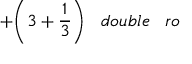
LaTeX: + { \bigg ( } 3 + { \frac { 1 } { 3 } } { \bigg ) } \; \; \; d o u b l e \; \; \; r o